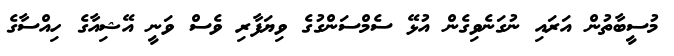
މުސީބާތުން އަރައި ނުގަނެވިގެން އުޅޭ ސެމްސަންގުގެ ވިޔަފާރި ވެސް ވަނީ އޭޝިއާގެ ހިއްސާގެ